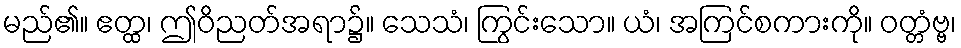
မည်၏။ ဧတ္ထ၊ ဤဝိညတ်အရာ၌။ သေသံ၊ ကြွင်းသော။ ယံ၊ အကြင်စကားကို။ ဝတ္တံဗ္ဗ၊